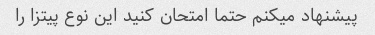
پیشنهاد میکنم حتما امتحان کنید این نوع پیتزا را